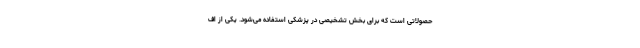
حصولاتی است که برای بخش تشخیصی در پزشکی استفاده می‌شود. یکی از اف